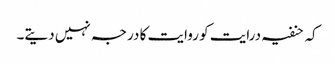
کہ حنفیہ درایت کو روایت کا درجہ نہیں دیتے۔